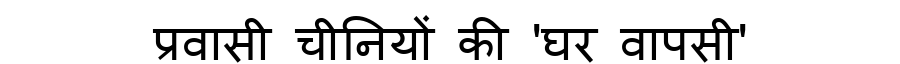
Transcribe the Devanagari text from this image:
प्रवासी चीनियों की 'घर वापसी'